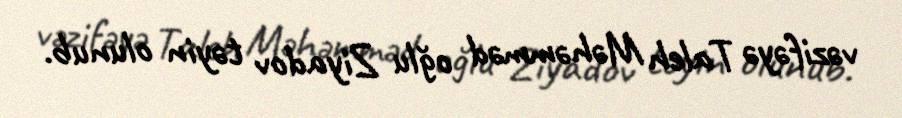
vəzifəyə Taleh Məhəmməd oğlu Ziyadov təyin olunub.